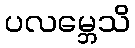
ပလမ္ဘေသိ